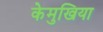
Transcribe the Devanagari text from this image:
केमुखिया